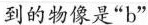
到的物像是”b”